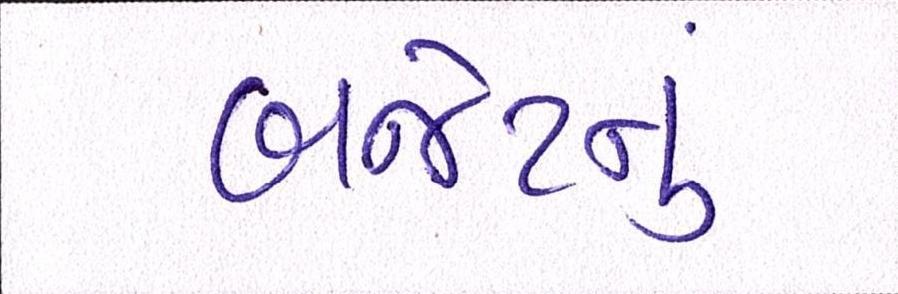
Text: બજેટનું